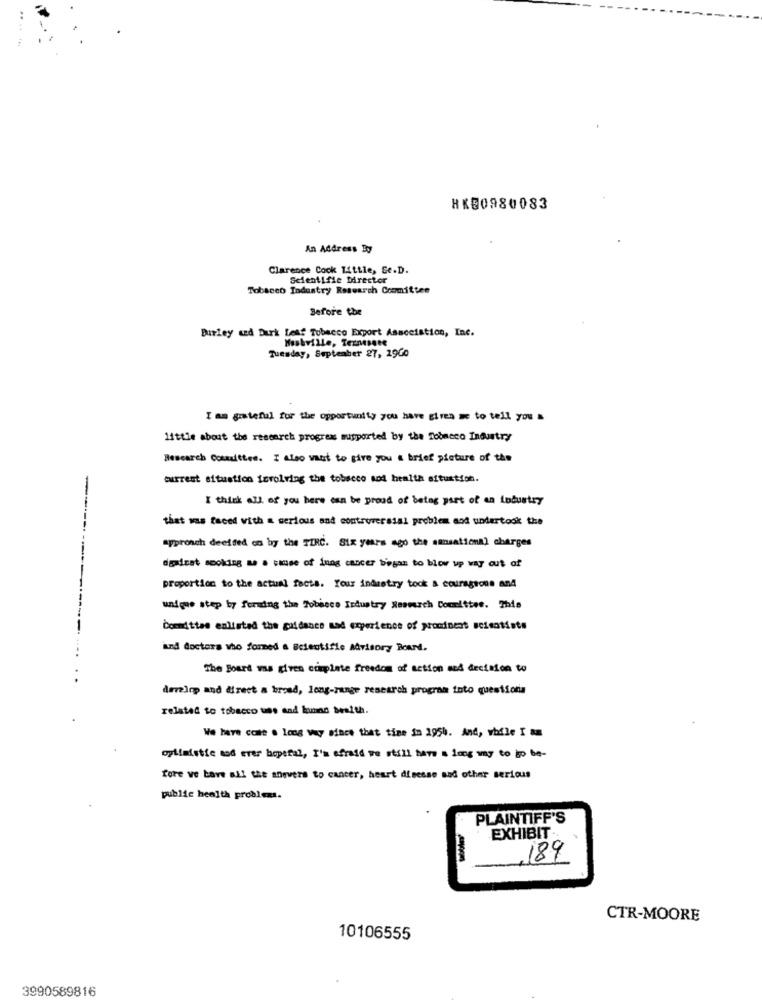
HKB0980083
An Address Ey
Clarence Cock Little, Se.D.
Scientific Director
Tobacco Industry Research Committee
Before the
Burley and Dark Less Tobacco Export Association, Inc.
Nashville, Ternesare
Tuesday, September 27, 19Go
I am grateful for the opportunity you have given me to tell you
little about the research progres supported by the Tobacco Industry
Research Committee. I also want to give you a brief picture of the
current situation involving the tobacco sod health situation.
I think all of you here can be proud of being part of an industry
that was faced with a serious and controversial problem aod undertook the
approach decided on by the TIRC. Six years ago the sansational charges
daaicat smoking as a case of inng cancer began to blow up way out of
proportion to the actual facts. Your industry took a courageous and
unique step by forming the Tobacco Industry Neomach Committee. This
---------------
Committee exlisted the guidance mad experience of prominent scientists
....
and doctors who formed a Scientific Advisory Board.
The Board was given complete freedom of action and decision to
develop and direct a broad, long-range research program into questiona
related to tobacco use and hunas besith.
We have come a long way since that time in 1954. And, while I am
optimistic mod erer hopetal, I'm afraid we still have a long way to ap be-
fore ve have all the anevers to cancer, heart disesso sad other serious
public health problems.
PLAINTIFF'S
EXHIBIT-
189
CTR-MOORE
10106555
3990589816